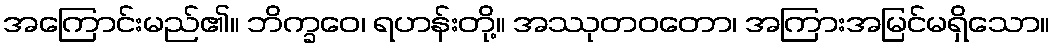
အကြောင်းမည်၏။ ဘိက္ခဝေ၊ ရဟန်းတို့။ အဿုတဝတော၊ အကြားအမြင်မရှိသော။